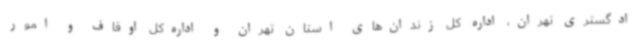
ادگستری تهران، اداره کل زندان‌های استان تهران و اداره‌کل اوقاف و امور